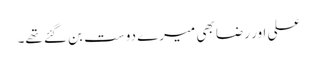
علی اور رضا بھی میرے دوست بن گئے تھے۔